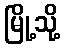
မြို့သို့